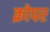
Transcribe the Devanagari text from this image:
क्रोपर